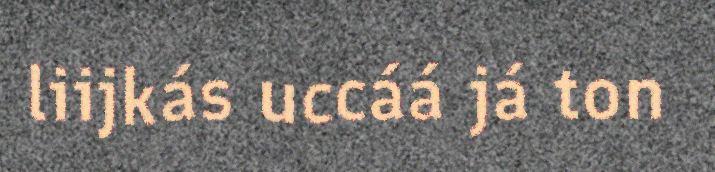
liijkás uccáá já ton